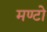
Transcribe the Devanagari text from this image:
मण्टो